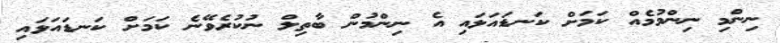
ނިންމި ނިންމުމެއް ކަމަށް ކަނޑައަޅައި އެ ނިންމުން ބާތިލް ނުކުރެވޭނެ ކަމަށް ކަނޑައަޅައި